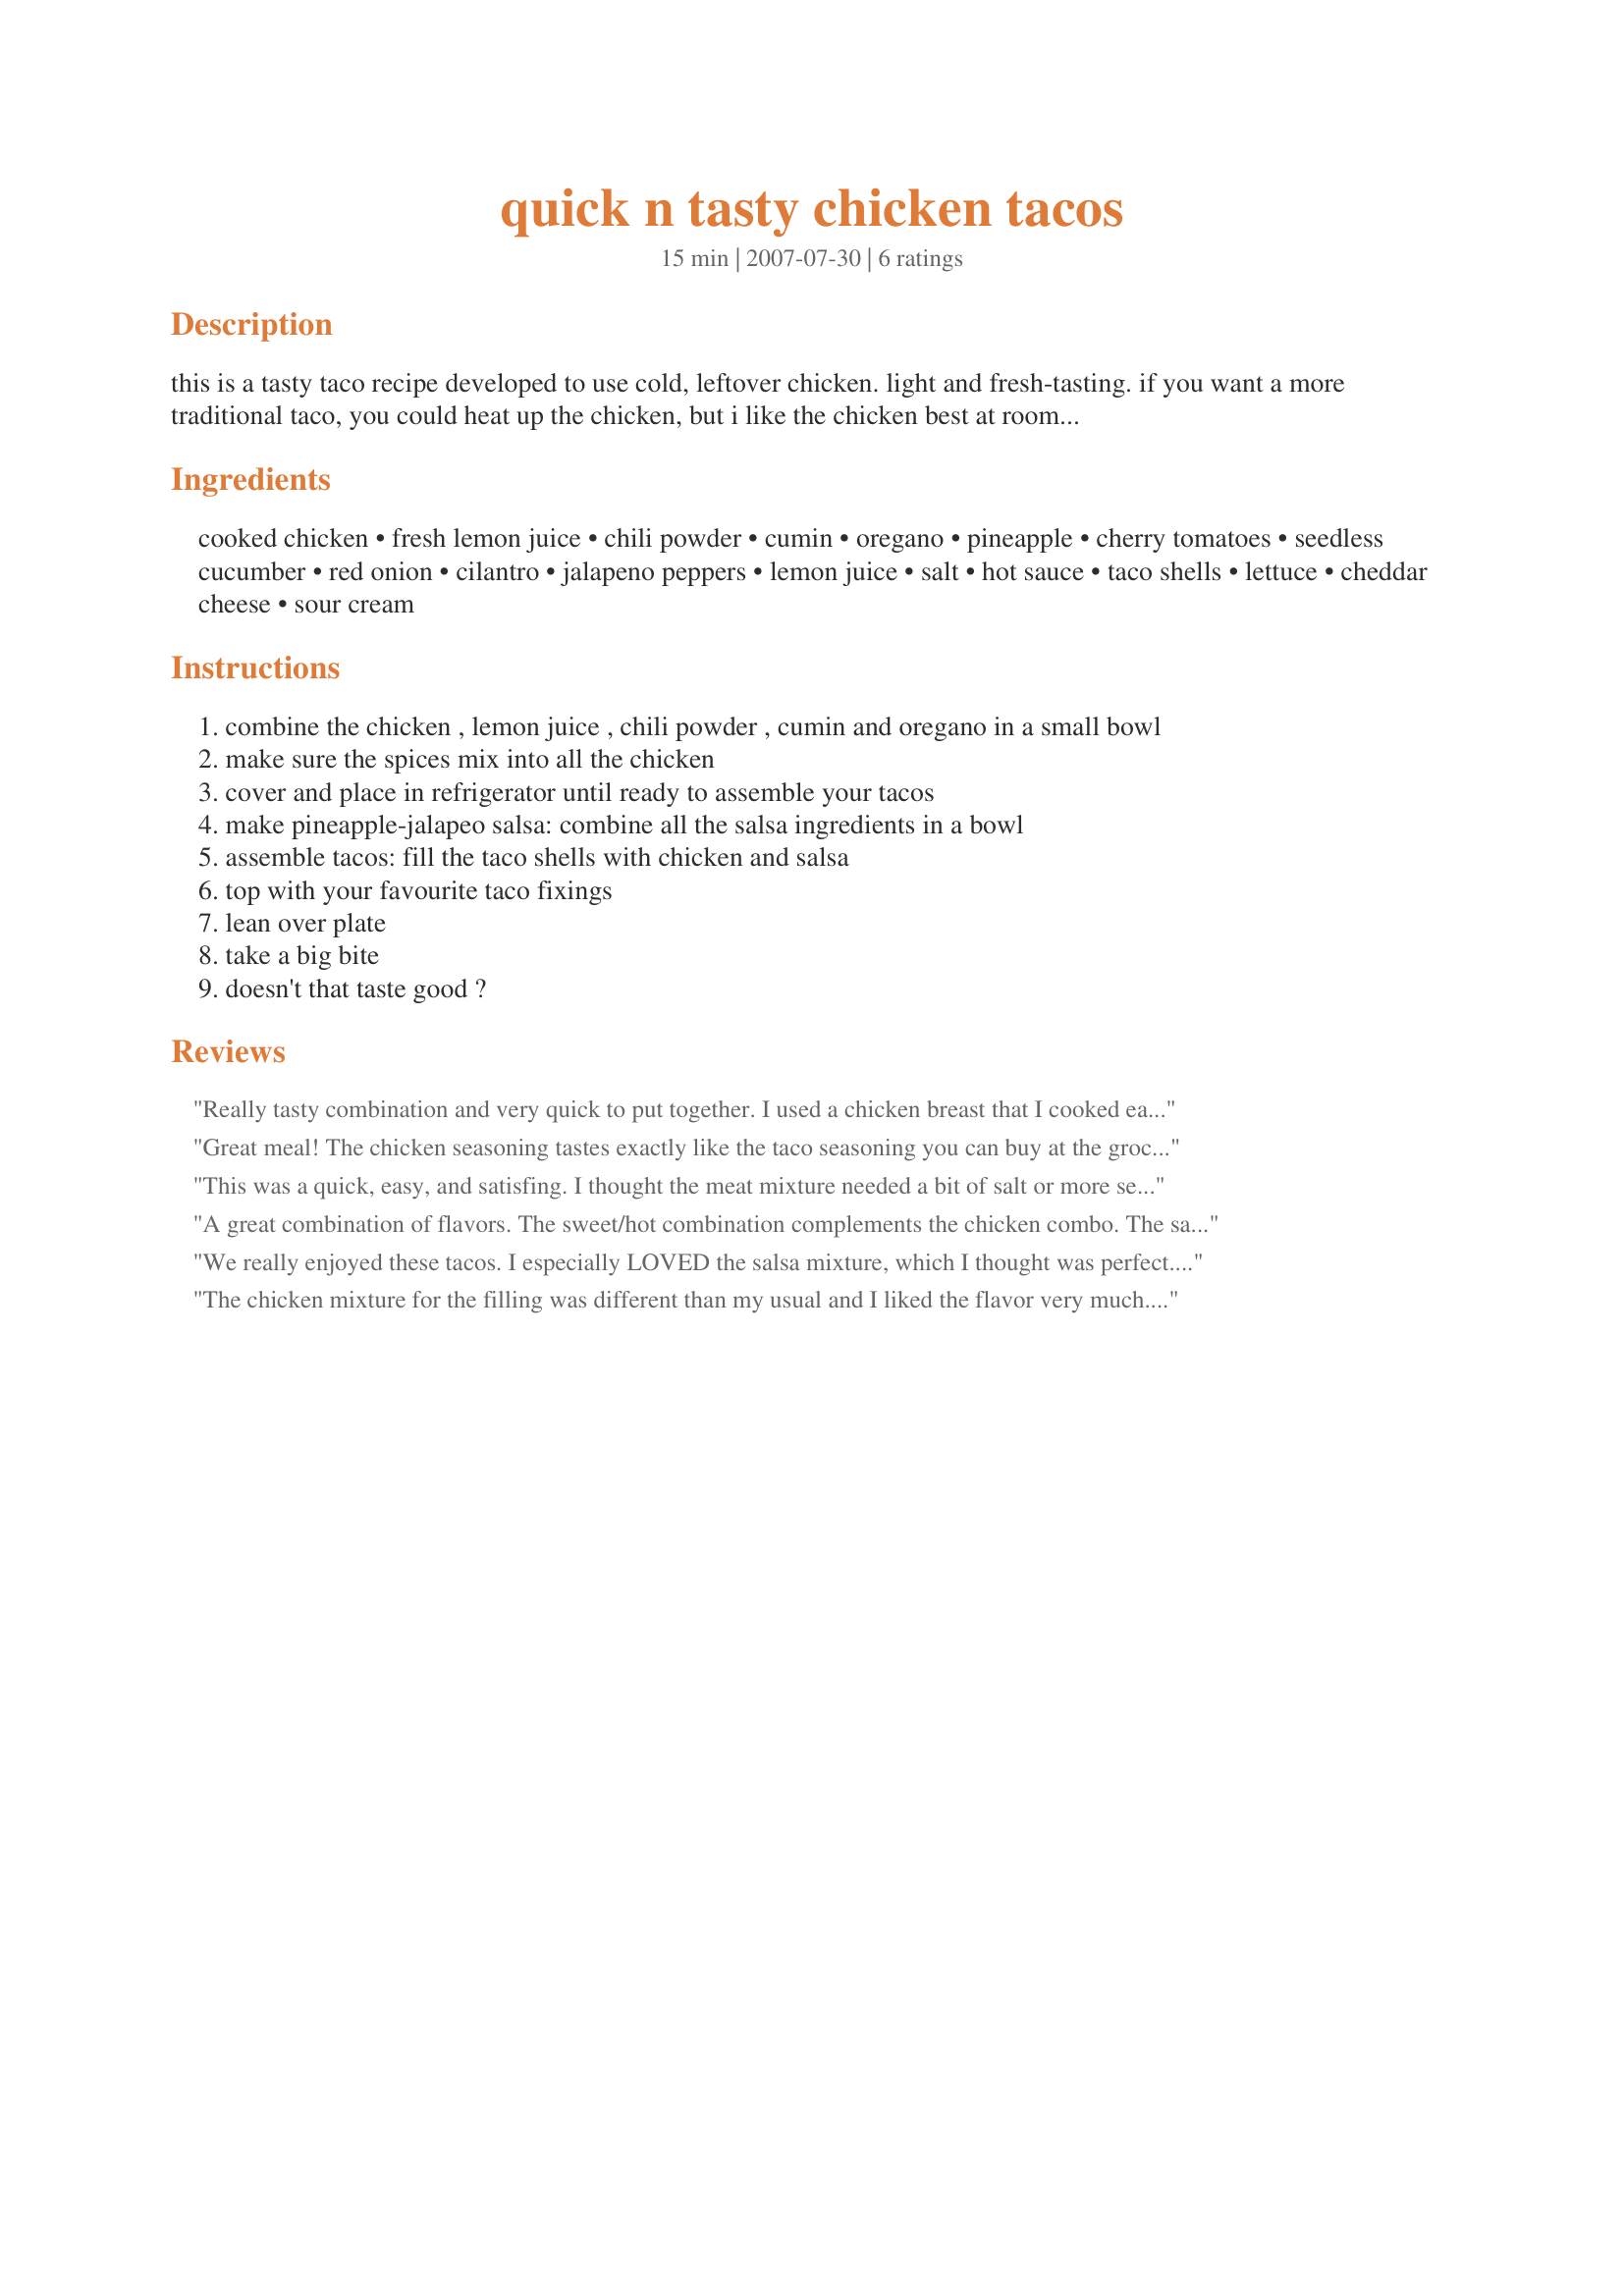
quick n tasty chicken tacos
Preparation time: 15 minutes

this is a tasty taco recipe developed to use cold, leftover chicken. light and fresh-tasting. if you want a more traditional taco, you could heat up the chicken, but i like the chicken best at room temperature or slightly cool. this will make more salsa than you need for the tacos, but it's great with tortilla or pita crisps to snack on.

Ingredients:
cooked chicken, fresh lemon juice, chili powder, cumin, oregano, pineapple, cherry tomatoes, seedless cucumber, red onion, cilantro, jalapeno peppers, lemon juice, salt, hot sauce, taco shells, lettuce, cheddar cheese, sour cream

Steps:
combine the chicken , lemon juice , chili powder , cumin and oregano in a small bowl
make sure the spices mix into all the chicken
cover and place in refrigerator until ready to assemble your tacos
make pineapple-jalapeo salsa: combine all the salsa ingredients in a bowl
assemble tacos: fill the taco shells with chicken and salsa
top with your favourite taco fixings
lean over plate
take a big bite
doesn't that taste good ?

Reviews:
Really tasty combination and very quick to put together. I used a chicken breast that I cooked earlier in the day, diced and served slightly chilled which makes it nice and refreshing for a warm day.
Great meal! The chicken seasoning tastes exactly like the taco seasoning you can buy at the grocery store, which was unfortunate for me because I don't like taco seasoning, but great for everyone else! I loved the salsa, and am happy that I have some left over to use in other dishes.
This was a quick, easy, and satisfing. I thought the meat mixture needed a bit of salt or more seasoning and I honestly didn't care for the cucumbers (personal taste)in the otherwise wonderful salsa. Other than that great job! Thank you for your RSC #10 entry.
A great combination of flavors. The sweet/hot combination complements the chicken combo. The salsa is so great, we eat the whole thing.
We really enjoyed these tacos. I especially LOVED the salsa mixture, which I thought was perfect. The seasoning for the chicken is very nice. Perhaps a touch of salt would be nice. Next time I might heat up the chicken mixture (personal preference). Thank you for the quick and fun recipe. I will definitely be making that salsa again and again!
The chicken mixture for the filling was different than my usual and I liked the flavor very much. I used leftover grilled chicken breasts, making it easy to put together. The pineapple salsa added a flavorful addition to these tacos, and would be good as a side with grilled pork chops too. I must admit, however, that I cut down the amount of jalapeno a bit, due to family preference. (My husband prefers burritos, so he put his mixture on warmed flour tortillas while I used tac shells. Both were rated 5*)
